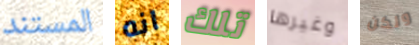
المستند انه تلك وغيرها ولكن